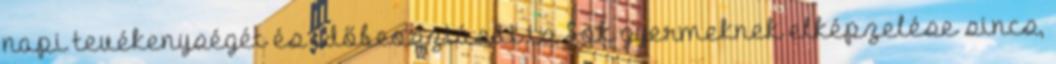
napi tevékenységét és időbeosztását is Sok gyermeknek elképzelése sincs,